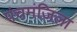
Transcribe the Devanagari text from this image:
पंचमंज़िला